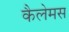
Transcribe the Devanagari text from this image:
कैलेमस